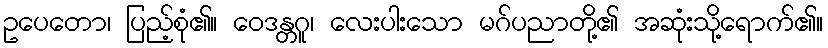
ဥပေတော၊ ပြည့်စုံ၏။ ဝေဒန္တဂူ၊ လေးပါးသော မဂ်ပညာတို့၏ အဆုံးသို့ရောက်၏။